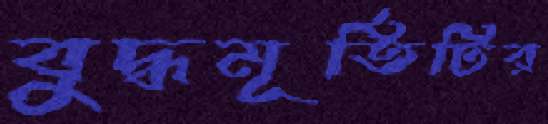
বুদ্ধমূর্তিটির